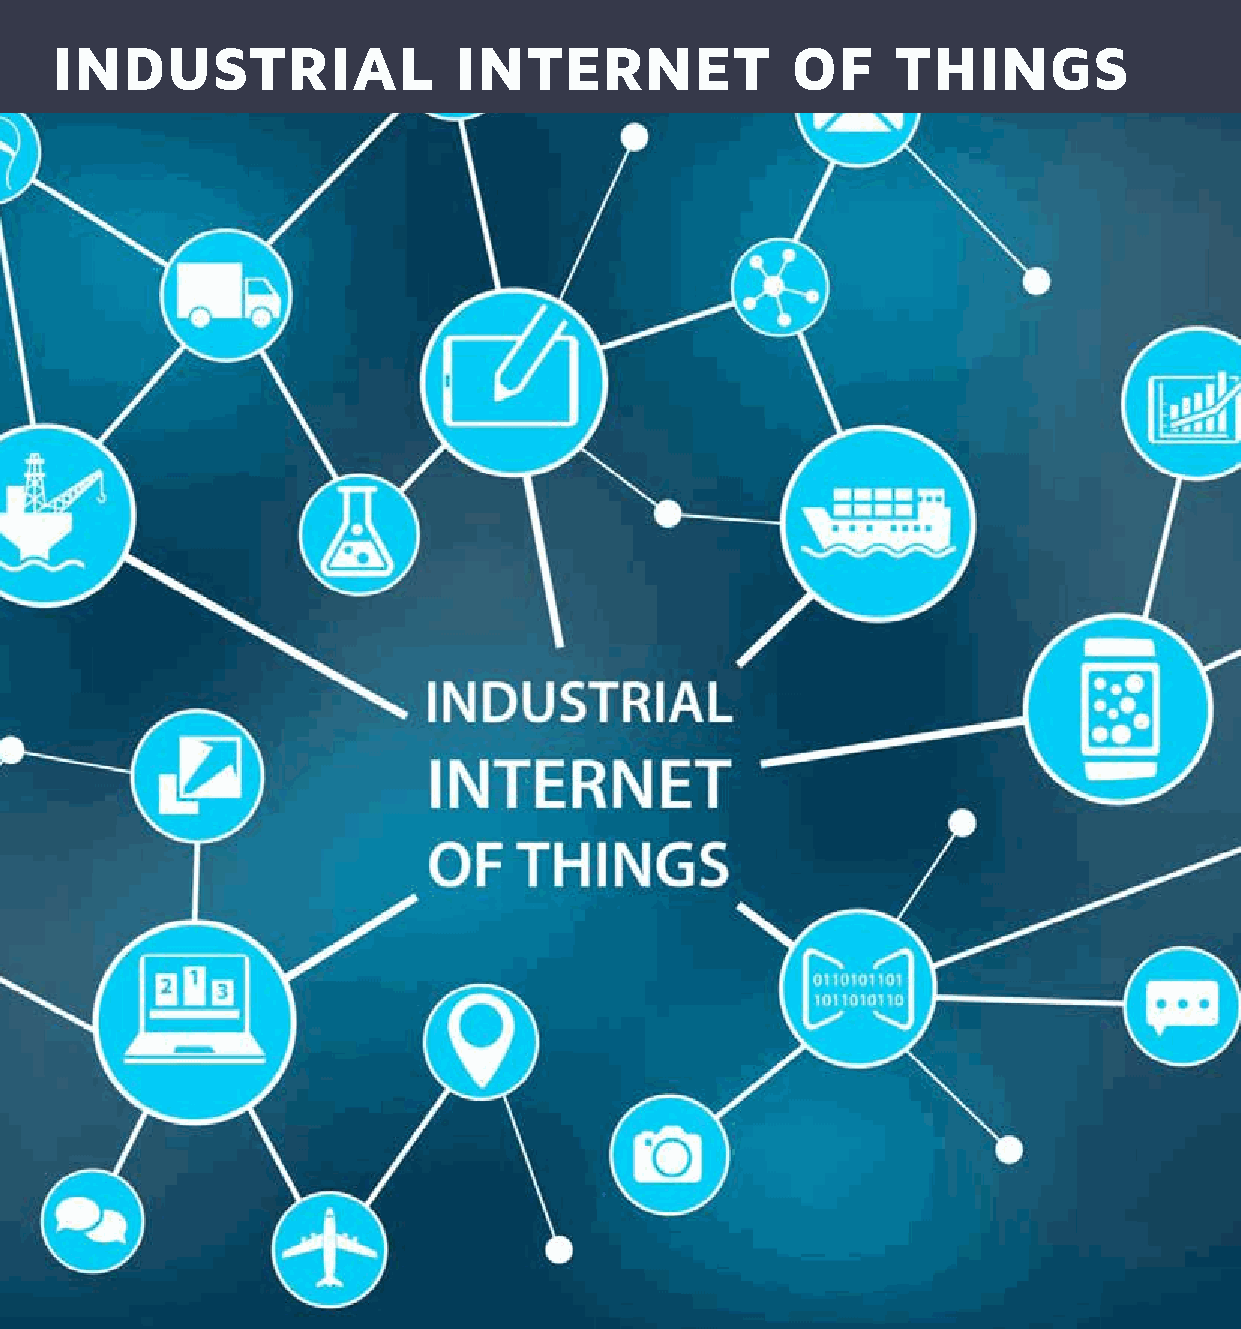
INDUSTRIAL                 INTERNET              OF     THINGS
 1
 www.safetyplusworld.com